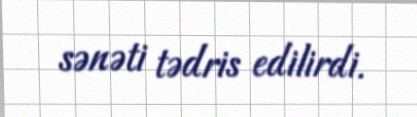
sənəti tədris edilirdi.